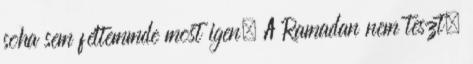
soha sem féltemmde most igen. A Ramadan nem teszt,